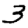
Digit: 3